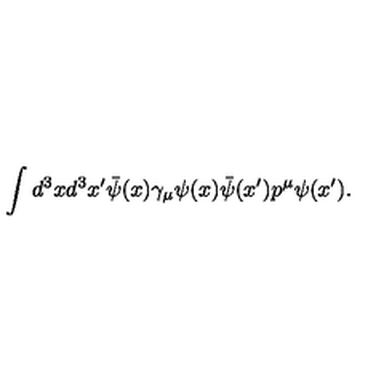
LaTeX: \int d ^ { 3 } x d ^ { 3 } x ^ { \prime } \bar { \psi } ( x ) \gamma _ { \mu } \psi ( x ) \bar { \psi } ( x ^ { \prime } ) p ^ { \mu } \psi ( x ^ { \prime } ) .